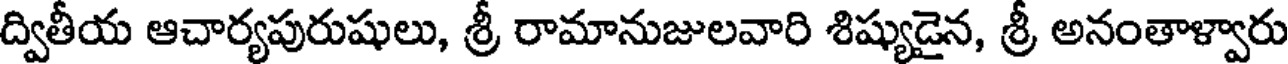
ద్వితీయ ఆచార్యపురుషులు, శ్రీ రామానుజులవారి శిష్యుడైన, శ్రీ అనంతాళ్వారు